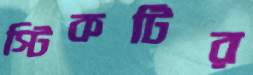
স্টিকটির